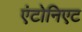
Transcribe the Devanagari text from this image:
एंटोनिएट